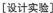
[设计实验]